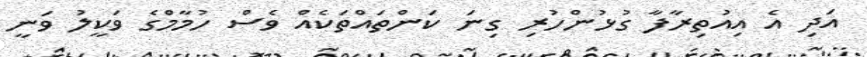
އަދި އެ އިއުތިރާފާ ގުޅުންހުރި ގިނަ ކަންތައްތަކެއް ވެސް ހުމާމްގެ ވަކީލު ވަނީ